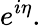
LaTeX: e^{i\eta}.